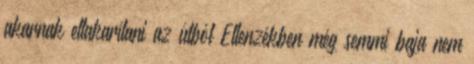
akarnak eltakarítani az útból Ellenzékben még semmi baja nem